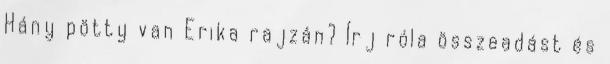
Hány pötty van Erika rajzán? Írj róla összeadást és